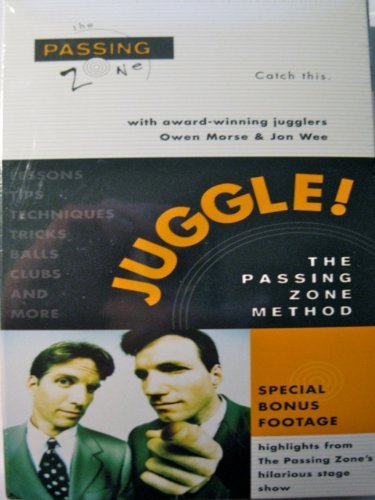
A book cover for Juggle! The Passing Zone Method; Owen Morse; Sports & Outdoors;